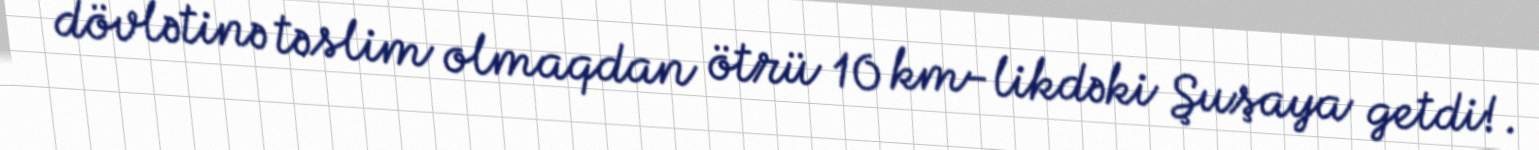
dövlətinə təslim olmaqdan ötrü 10 km-likdəki Şuşaya getdi!.